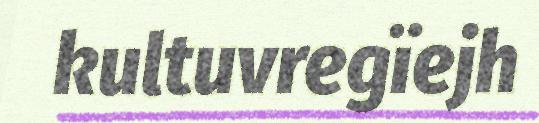
kultuvregïejh